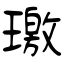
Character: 璬